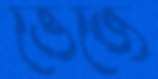
ভেজে